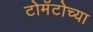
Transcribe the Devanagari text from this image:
टोमॅटोच्या